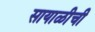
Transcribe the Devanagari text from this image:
सायाळीची